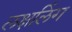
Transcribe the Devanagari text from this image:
लक्षलिंग